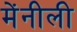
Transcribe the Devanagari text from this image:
मेंनीली